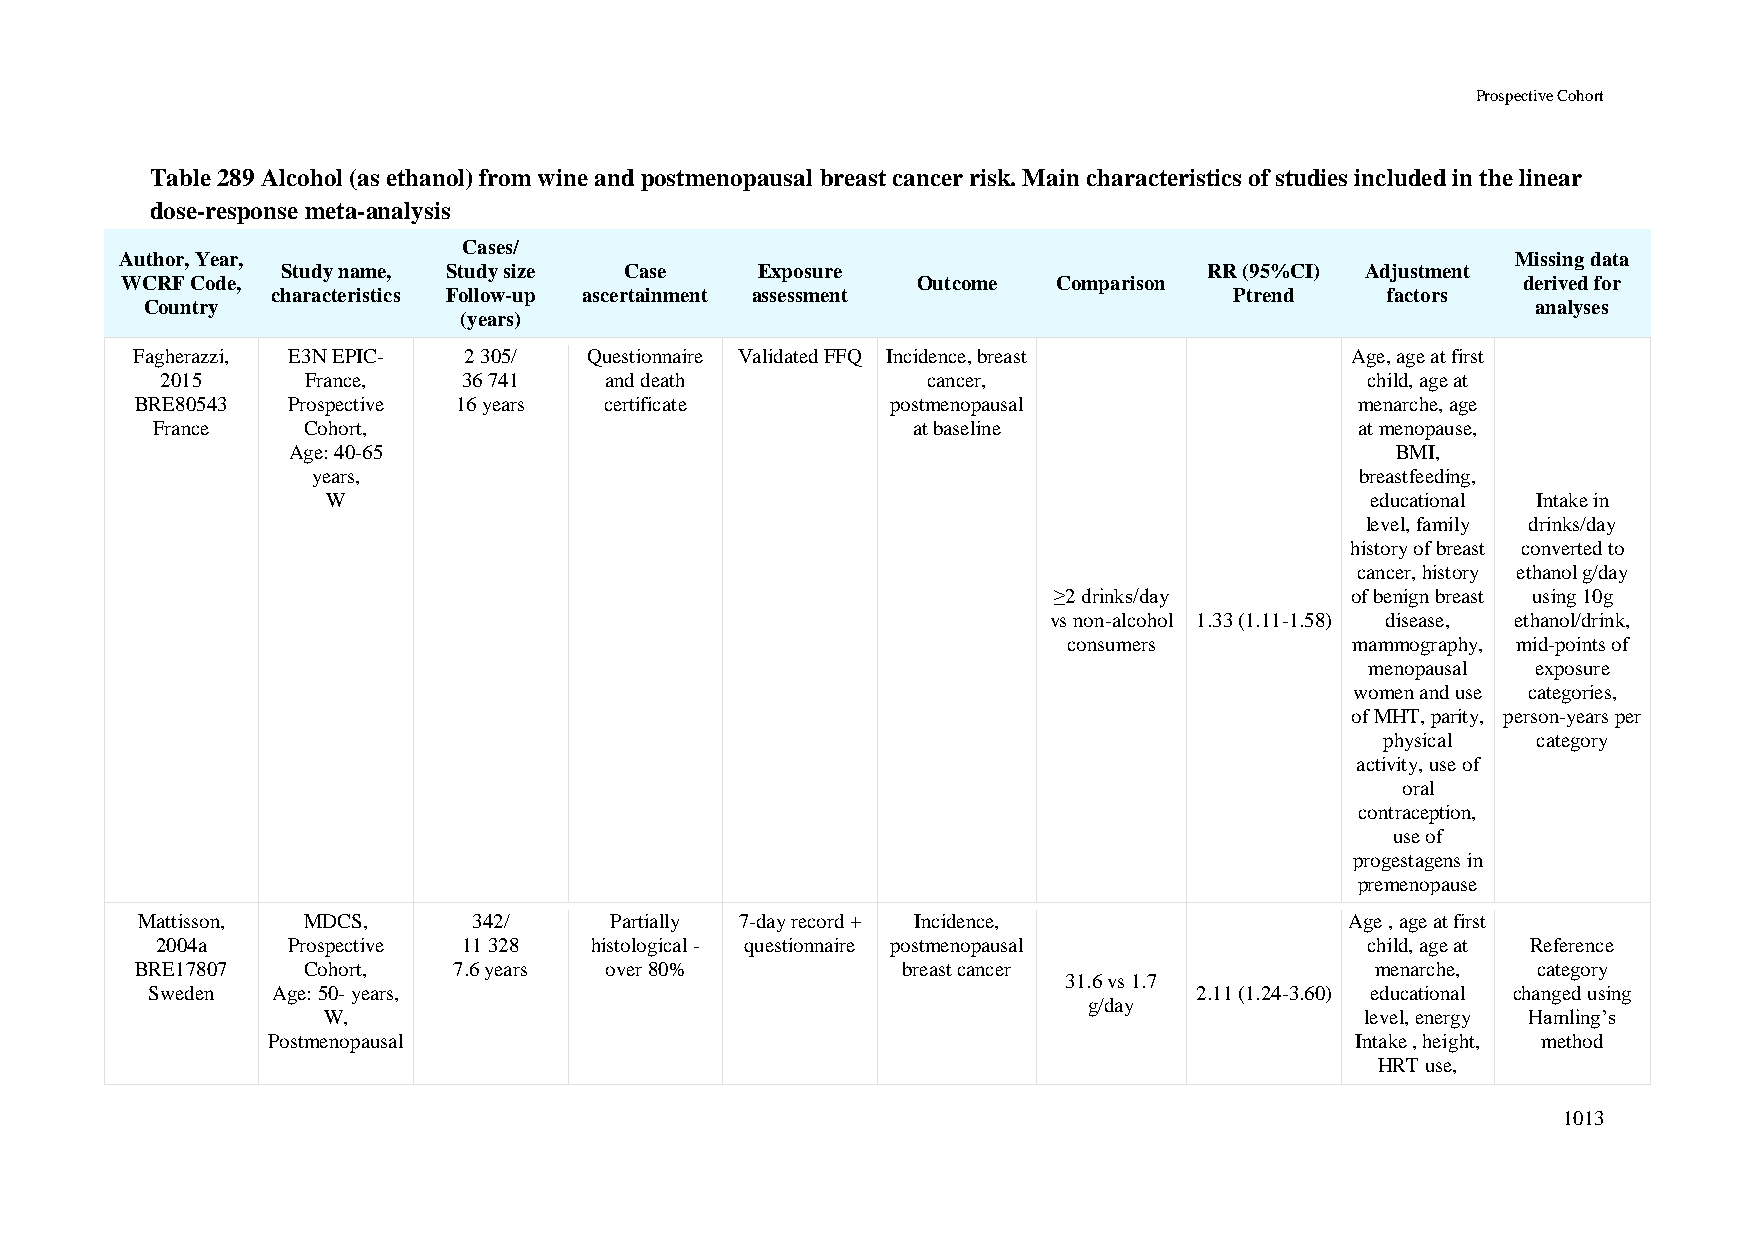
Prospective Cohort
 Table 289 Alcohol (as ethanol) from wine and postmenopausal breast cancer risk. Main characteristics of studies included in the linear
 dose-response meta-analysis
 Cases/
 Author, Year,                                                                               Missing data
 Study name, Study size Case    Exposure                      RR (95%CI) Adjustment
 WCRF Code,                                           Outcome  Comparison                     derived for
 characteristics Follow-up ascertainment assessment              Ptrend    factors
 Country                                                                                     analyses
 (years)
 Fagherazzi, E3N EPIC- 2 305/  Questionnaire Validated FFQ Incidence, breast     Age, age at first
 2015     France,    36 741   and death            cancer,                       child, age at
 BRE80543  Prospective 16 years certificate        postmenopausal                 menarche, age
 France    Cohort,                                 at baseline                   at menopause,
 Age: 40-65                                                               BMI,
 years,                                                               breastfeeding,
 W                                                                    educational Intake in
 level, family drinks/day
 history of breast converted to
 cancer, history ethanol g/day
 ≥2 drinks/day      of benign breast using 10g
 vs non-alcohol 1.33 (1.11-1.58) disease, ethanol/drink,
 consumers          mammography, mid-points of
 menopausal exposure
 women and use categories,
 of MHT, parity, person-years per
 physical  category
 activity, use of
 oral
 contraception,
 use of
 progestagens in
 premenopause
 Mattisson, MDCS,      342/     Partially 7-day record + Incidence,              Age , age at first
 2004a    Prospective 11 328  histological - questionnaire postmenopausal         child, age at Reference
 BRE17807   Cohort,   7.6 years over 80%            breast cancer                  menarche,  category
 31.6 vs 1.7
 Sweden  Age: 50- years,                                              2.11 (1.24-3.60) educational changed using
 g/day
 W,                                                                   level, energy Hamling’s
 Postmenopausal                                                          Intake , height, method
 HRT use,
 1013